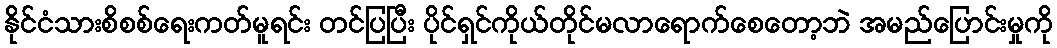
နိုင်ငံသားစိစစ်ရေးကတ်မူရင်း တင်ပြပြီး ပိုင်ရှင်ကိုယ်တိုင်မလာရောက်စေတော့ဘဲ အမည်ပြောင်းမှုကို